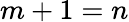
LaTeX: m+1=n